Indian journal of veterinary science and animal husbandry - Volumes 15-17, 1948-1951
Year: 1948
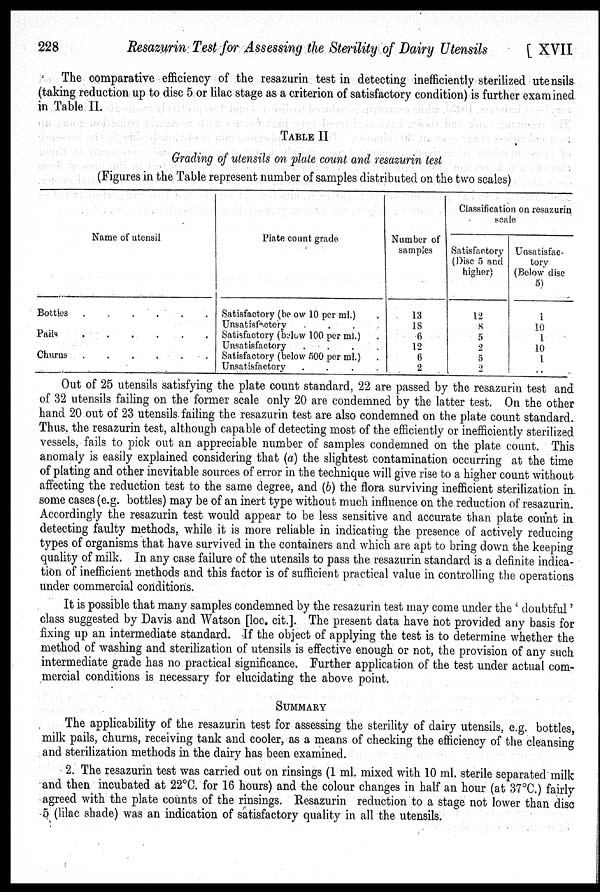
228
Resazurin Test for Assessing the Sterility of Dairy Utensils
[ XVII
The comparative efficiency of the resazurin test in detecting inefficiently sterilized utensils
(taking reduction up to disc 5 or lilac stage as a criterion of satisfactory condition) is further examined
in Table II.
TABLE II
Grading of utensils on plate count and resazurin test
(Figures in the Table represent number of samples distributed on the two scales)
Name of utensil
Bottles . . . . . .
Pails
.
.
.
.
.
.
Churns
.
.
.
.
.
.
Plate count grade
Satisfactory (below 10 per ml.) .
Unsatisfactory . . . .
Satisfactory (below 100 per ml.) .
Unsatisfactory
.
.
.
.
Satisfactory (below 500 per ml.) .
Unsatisfactory
.
.
.
.
Number of
samples
13
18
6
12
6
2
Classification on resazurin
scale
Satisfactory
(Disc 5 and
higher)
12
8
5
2
5
2
Unsatisfac-
tory
(Below disc
5)
1
10
1
10
1
..
Out of 25 utensils satisfying the plate count standard, 22 are passed by the resazurin test and
of 32 utensils failing on the former scale only 20 are condemned by the latter test. On the other
hand 20 out of 23 utensils failing the resazurin test are also condemned on the plate count standard.
Thus, the resazurin test, although capable of detecting most of the efficiently or inefficiently sterilized
vessels, fails to pick out an appreciable number of samples condemned on the plate count. This
anomaly is easily explained considering that (a) the slightest contamination occurring at the time
of plating and other inevitable sources of error in the technique will give rise to a higher count without
affecting the reduction test to the same degree, and (b) the flora surviving inefficient sterilization in.
some cases (e.g. bottles) may be of an inert type without much influence on the reduction of resazurin.
Accordingly the resazurin test would appear to be less sensitive and accurate than plate count in
detecting faulty methods, while it is more reliable in indicating the presence of actively reducing
types of organisms that have survived in the containers and which are apt to bring down the keeping
quality of milk. In any case failure of the utensils to pass the resazurin standard is a definite indica-
tion of inefficient methods and this factor is of sufficient practical value in controlling the operations
under commercial conditions.
It is possible that many samples condemned by the resazurin test may come under the ' doubtful'
class suggested by Davis and Watson [loc cit.]. The present data have not provided any basis for
fixing up an intermediate standard. If the object of applying the test is to determine whether the
method of washing and sterilization of utensils is effective enough or not, the provision of any such
intermediate grade has no practical significance. Further application of the test under actual com-
mercial conditions is necessary for elucidating the above point.
SUMMARY
The applicability of the resazurin test for assessing the sterility of dairy utensils, e.g. bottles,
milk pails, churns, receiving tank and cooler, as a means of checking the efficiency of the cleansing
and sterilization methods in the dairy has been examined.
2. The resazurin test was carried out on rinsings (1 ml. mixed with 10 ml. sterile separated milk
and then incubated at 22°C. for 16 hours) and the colour changes in half an hour (at 37°C.) fairly
agreed with the plate counts of the rinsings. Resazurin reduction to a stage not lower than disc
5 (lilac shade) was an indication of satisfactory quality in all the utensils.